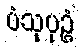
ပံသုပုဉ္ဇံ